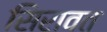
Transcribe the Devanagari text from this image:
सिरावत